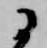
に